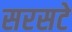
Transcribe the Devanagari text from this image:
सरसटे